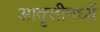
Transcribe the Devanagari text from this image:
आवृत्तीमध्यें